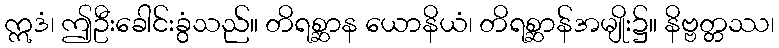
ဣဒံ၊ ဤဦးခေါင်းခွံသည်။ တိရစ္ဆာန ယောနိယံ၊ တိရစ္ဆာန်အမျိုး၌။ နိဗ္ဗတ္တဿ၊